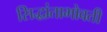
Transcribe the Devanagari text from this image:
सिद्धांताभोवती